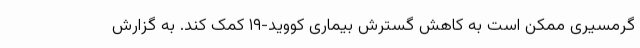
گرمسیری ممکن است به کاهش گسترش بیماری کووید-۱۹ کمک کند. به گزارش